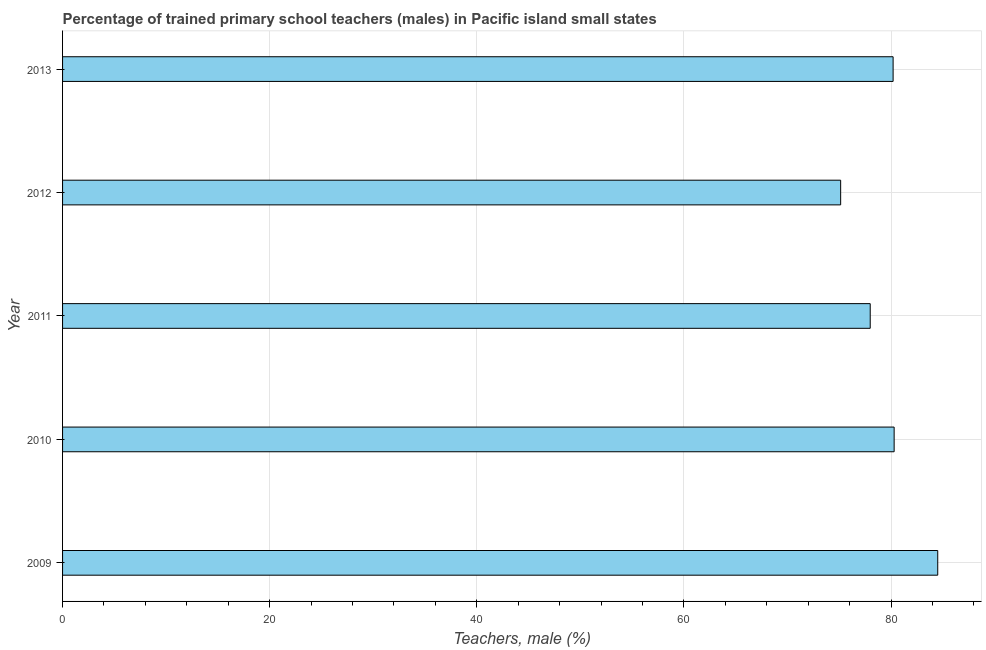
| Year | Trained teachers male |
 | --- | --- |
 | 2009 | 84.5 |
 | 2010 | 80.3 |
 | 2011 | 78 |
 | 2012 | 75.1 |
 | 2013 | 80.2 |